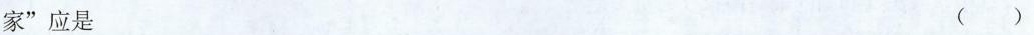
家”应是 ()